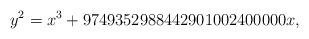
LaTeX: \begin{align*}y^2=x^3+9749352988442901002400000x,\end{align*}